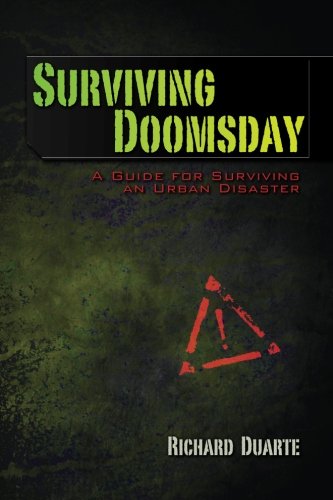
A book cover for Surviving Doomsday: A Guide for Surviving an Urban Disaster; Richard Duarte; Politics & Social Sciences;